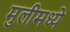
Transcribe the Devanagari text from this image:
मुलीमध्ये